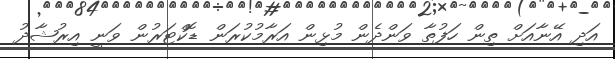
އަދި އޭނާއަށް ތިން ހަފުތާ ވަންދެން މުޅިން އަރާމުކުރަން ޑޮކްޓަރުން ވަނީ އިރުޝާދު